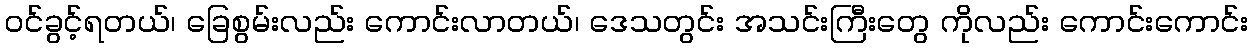
ဝင်ခွင့်ရတယ်၊ ခြေစွမ်းလည်း ကောင်းလာတယ်၊ ဒေသတွင်း အသင်းကြီးတွေ ကိုလည်း ကောင်းကောင်း